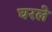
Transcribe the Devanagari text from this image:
घरले